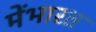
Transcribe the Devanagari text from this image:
मेंभारत